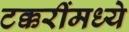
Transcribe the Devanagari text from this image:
टक्करींमध्ये